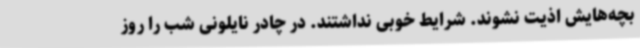
بچه‌هایش اذیت نشوند. شرایط خوبی نداشتند. در چادر نایلونی شب را روز